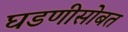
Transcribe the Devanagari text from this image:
घडणीसोबत